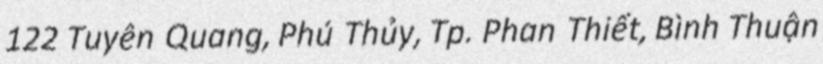
122 Tuyên Quang, Phú Thủy, Tp. Phan Thiết, Bình Thuận